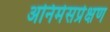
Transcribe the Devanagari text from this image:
अनिमेसप्रेक्षण